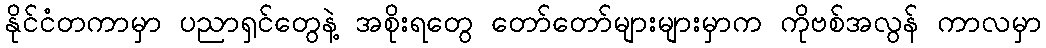
နိုင်ငံတကာမှာ ပညာရှင်တွေနဲ့ အစိုးရတွေ တော်တော်များများမှာက ကိုဗစ်အလွန် ကာလမှာ